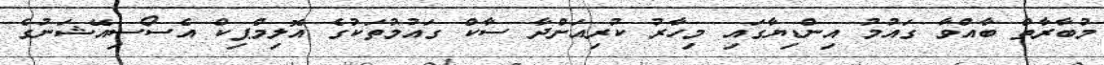
މުބާރާތް ބާއްވާ ގައުމު އިންޑިޔާގައި މިހާރު ކުރިއަށްދާ ސާކް ގައުމުތަކުގެ އޮލިމްޕިކް އެސޯސިއޭޝަނުގެ